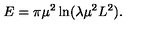
E = \pi \mu ^ { 2 } \ln ( \lambda \mu ^ { 2 } L ^ { 2 } ) .